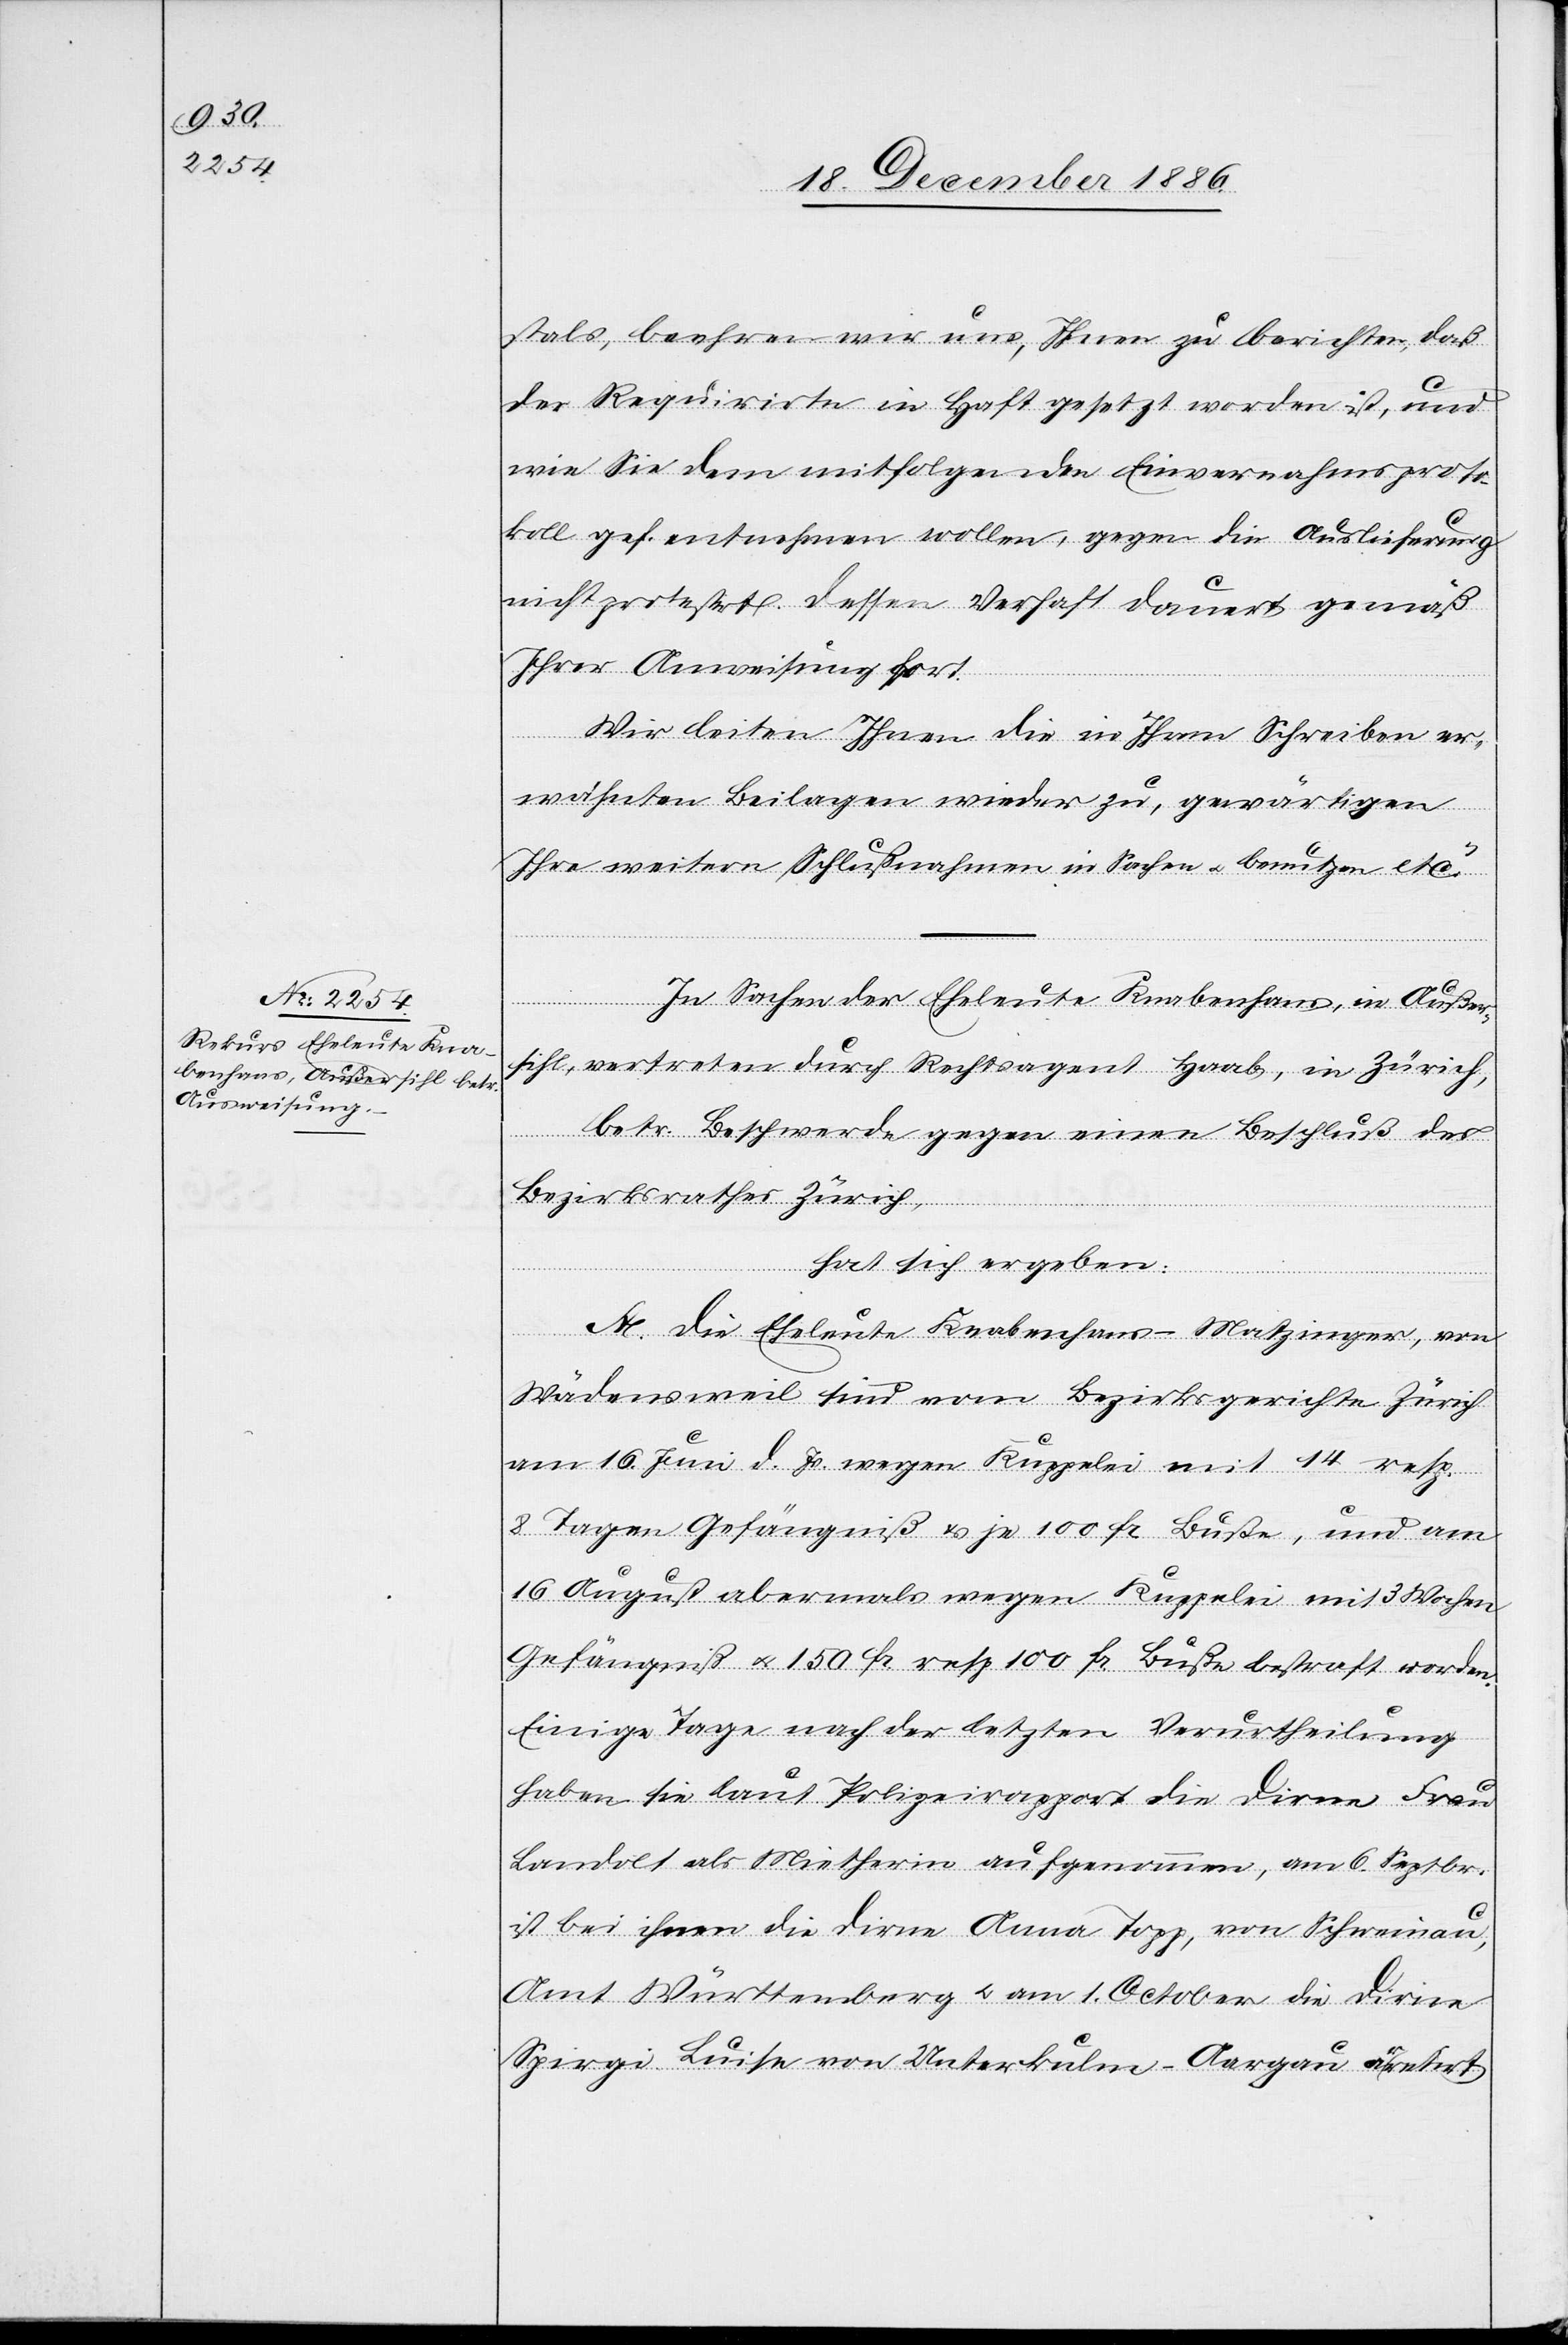
stals, beehren wir uns, Ihnen zu berichten, daß
der Requirirte in Haft gesetzt worden ist, und
wie Sie dem mitfolgenden Einvernahmsproto¬
koll gef. entnehmen wollen, gegen die Auslieferung
nicht protestirt. Dessen Verhaft dauert gemäß
Ihrer Anweisung fort.
Wir leiten Ihnen die in Ihrem Schreiben er¬
wähnten Beilagen wieder zu, gewärtigen
Ihre weitern Schlußnahmen in Sachen & benutzen etc.“
In Sachen der Eheleute Knabenhans, in Außer¬
sihl, vertreten durch Rechtsagent Haab, in Zürich,
betr. Beschwerde gegen einen Beschluß des
Bezirksrathes Zürich,
hat sich ergeben:
A. Die Eheleute Knabenhans-Matzinger, von
Wädensweil sind vom Bezirksgerichte Zürich
am 16. Juli d. Js. wegen Kuppelei mit 14 resp.
8 Tagen Gefängniß & je 100 Fr. Buße, und am
16. August abermals wegen Kuppelei mit 3 Wochen
Gefängniß & 150 Fr. resp. 100 Fr. Buße bestraft worden.
Einige Tage nach der letzten Verurtheilung
haben sie laut Polizeirapport die Dirne Frau
Landolt als Mietherin aufgenommen, am 6. Septbr.
ist bei ihnen die Dirne Anna Topp, von Schweinau,
Amt Württemberg & am 1. October die Dirne
Spirgi Luise von Unterkulm - Aargau arretirt